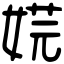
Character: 𡝴